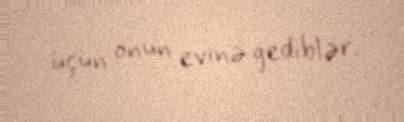
üçün onun evinə gediblər.